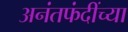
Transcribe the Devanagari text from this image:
अनंतफंदींच्या